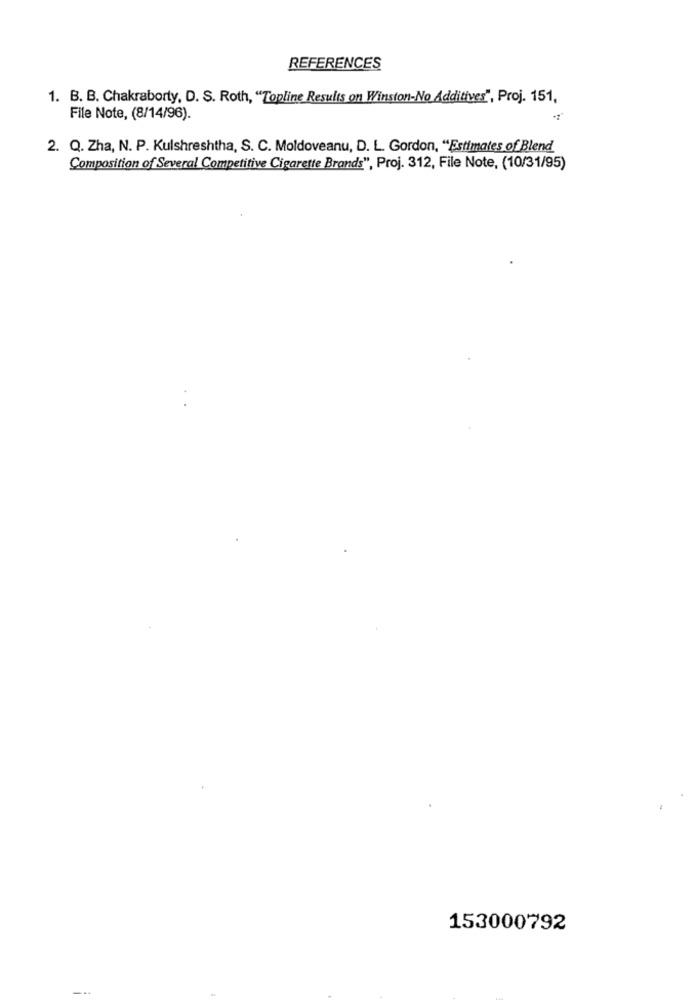
REFERENCES
1. B. B. Chakraborty, D. S. Roth, "Topline Results on Winston-No Additives", Proj. 151.
File Note, (8/14/96).
2. Q. Zha, N. P. Kulshreshtha, S. C. Moldoveanu, D. L. Gordon, "Estimates of Blend
Composition of Several Competitive Cigarette Brands", Proj. 312, File Note, (10/31/95)
153000792